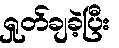
ရှုတ်ချခဲ့ပြီး